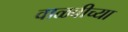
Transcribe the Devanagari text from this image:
वाळवीच्या